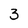
Character: 3